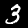
Label: 3